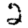
Digit: 2